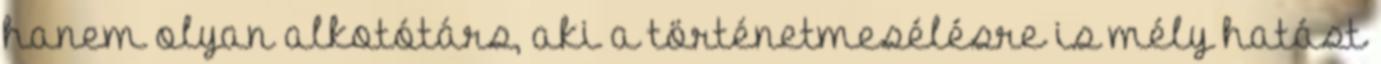
hanem olyan alkotótárs, aki a történetmesélésre is mély hatást